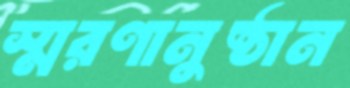
স্মরণানুষ্ঠান